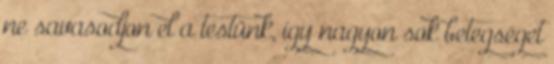
ne savasodjon el a testünk, így nagyon sok betegséget